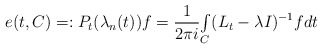
\begin{align*}e(t,C)=:P_{t}(\lambda_{n}(t))f=\frac{1}{2\pi i}{\textstyle\int\limits_{C}}(L_{t}-\lambda I)^{-1}fdt\end{align*}